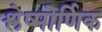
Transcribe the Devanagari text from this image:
श्लेष्मोर्णिक